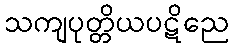
သကျပုတ္တိယပဋိညေ